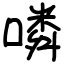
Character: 噒